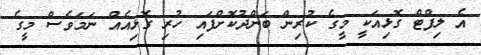
އެ ލިފްޓް ގޮޅިއަކީ މީގެ ކުރިން ބަންދުކޮށްފައި ހުރި ގޮޅިއެއް ނަމަވެސް މީގެ